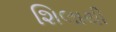
શિલાથી